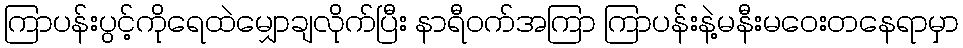
ကြာပန်းပွင့်ကိုရေထဲမျှောချလိုက်ပြီး နာရီဝက်အကြာ ကြာပန်းနဲ့မနီးမဝေးတနေရာမှာ